Sanitation, dispensaries and jails vaccination Rajputana 1922-1927 - 1922-1927
Year: 1922
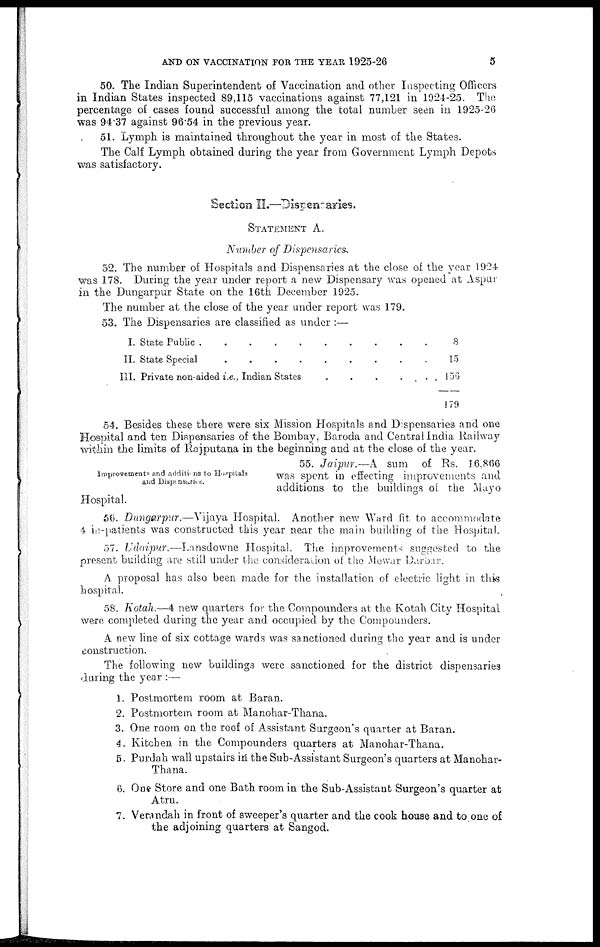
AND ON VACCINATION FOR THE YEAR 1925-26
5
50. The Indian Superintendent of Vaccination and other Inspecting Officers
in Indian States inspected 89,115 vaccinations against 77,121 in 1924-25. The
percentage of cases found successful among the total number seen in 1925-26
was 94.37 against 96.54 in the previous year.
51. Lymph is maintained throughout the year in most of the States.
The Calf Lymph obtained during the year from Government Lymph Depots
was satisfactory.
Section II—Dispensaries.
STATEMENT A.
Number of Dispensaries.
52. The number of Hospitals and Dispensaries at the close of the year 1924
was 178. During the year under report a new Dispensary was opened at Aspur
in the Dungarpur State on the 16th December 1925.
The number at the close of the year under report was 179.
53. The Dispensaries are classified as under :—
I.
II.
III.
State Public
.
.
.
.
.
.
.
State Special
.
.
.
.
.
.
.
.
Private non-aided i.e., Indian States
.
.
.
. .
8
15
156
179
54. Besides these there were six Mission Hospitals and Dispensaries and one
Hospital and ten Dispensaries of the Bombay, Baroda and Central India Railway
within the limits of Rajputana in the beginning and at the close of the year.
Improvements and additions to Hospitals
and Dispensaries.
55. Jaipur.—A
sum of Rs. 16,866
was spent in effecting improvements and
additions to the buildings of the .Mayo
Hospital.
56. Dungarpur.—Vijaya Hospital. Another new Ward fit to accommodate
4 in-patients was constructed this year near the main building of the Hospital.
57. Udaipur.—Lansdowne
Hospital, The improvements suggested to the
present building are still under the consideration of the Mewar Darbar.
A proposal has also been made for the installation of electric light in this
hospital.
58. Kotah.—4 new quarters for the Compounders at the Kotah City Hospital
were completed during the year and occupied by the Compounders.
A new line of six cottage wards was sanctioned during the year and is under
construction.
The following new buildings were sanctioned for the district dispensaries
during the year :—
1. Postmortem room at Baran.
2. Postmortem room at Manohar-Thana.
3. One room on the roof of Assistant Surgeon's quarter at Baran.
4. Kitchen in the Compounders quarters at Manohar-Thana.
5. Purdah wall upstairs in the Sub-Assistant Surgeon's quarters at Manohar-
Thana.
6. One Store and one Bath room in the Sub-Assistant Surgeon's quarter at
Atru.
7. Verandah in front of sweeper's quarter and the cook house and to one of
the adjoining quarters at Sangod.